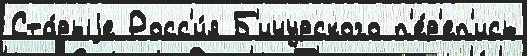
Ста́рыjе Росс'и́я Б'ичурского п'е́р'еп'ись